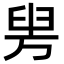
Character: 𦥤